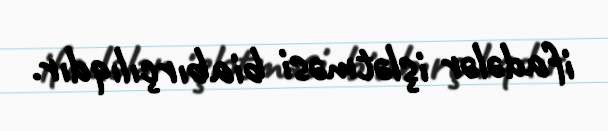
ifadələr işlətməsi biabırçılıqdır.